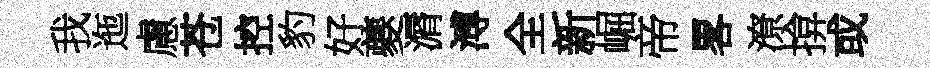
我迤慮苍控豹好夔漘溥全新崛帝畧潦揜或